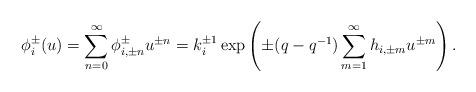
LaTeX: \begin{align*}\phi_i^{\pm}(u) = \sum_{n=0}^{\infty} \phi_{i, \pm n}^{\pm} u^{\pm n} = k_i^{\pm 1} \exp\left( \pm (q-q^{-1}) \sum_{m=1}^{\infty} h_{i, \pm m}u^{\pm m}\right).\end{align*}